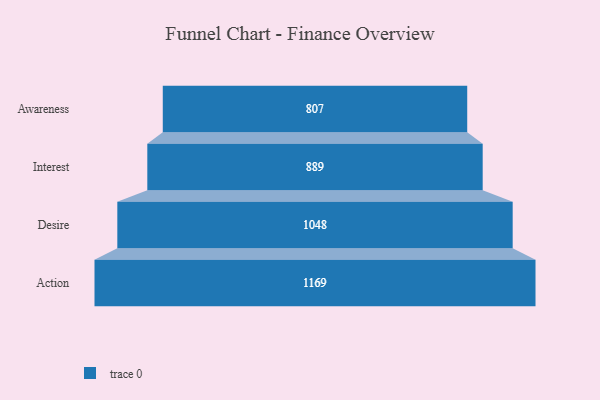
{"axis": {"x": "Stage", "y": "Value"}, "legend": [""], "data": [{"x": "Awareness", "y": 807.0, "type": ""}, {"x": "Interest", "y": 889.0, "type": ""}, {"x": "Desire", "y": 1048.0, "type": ""}, {"x": "Action", "y": 1169.0, "type": ""}]}